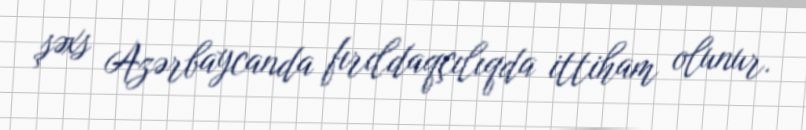
şəxs Azərbaycanda fırıldaqçılıqda ittiham olunur.